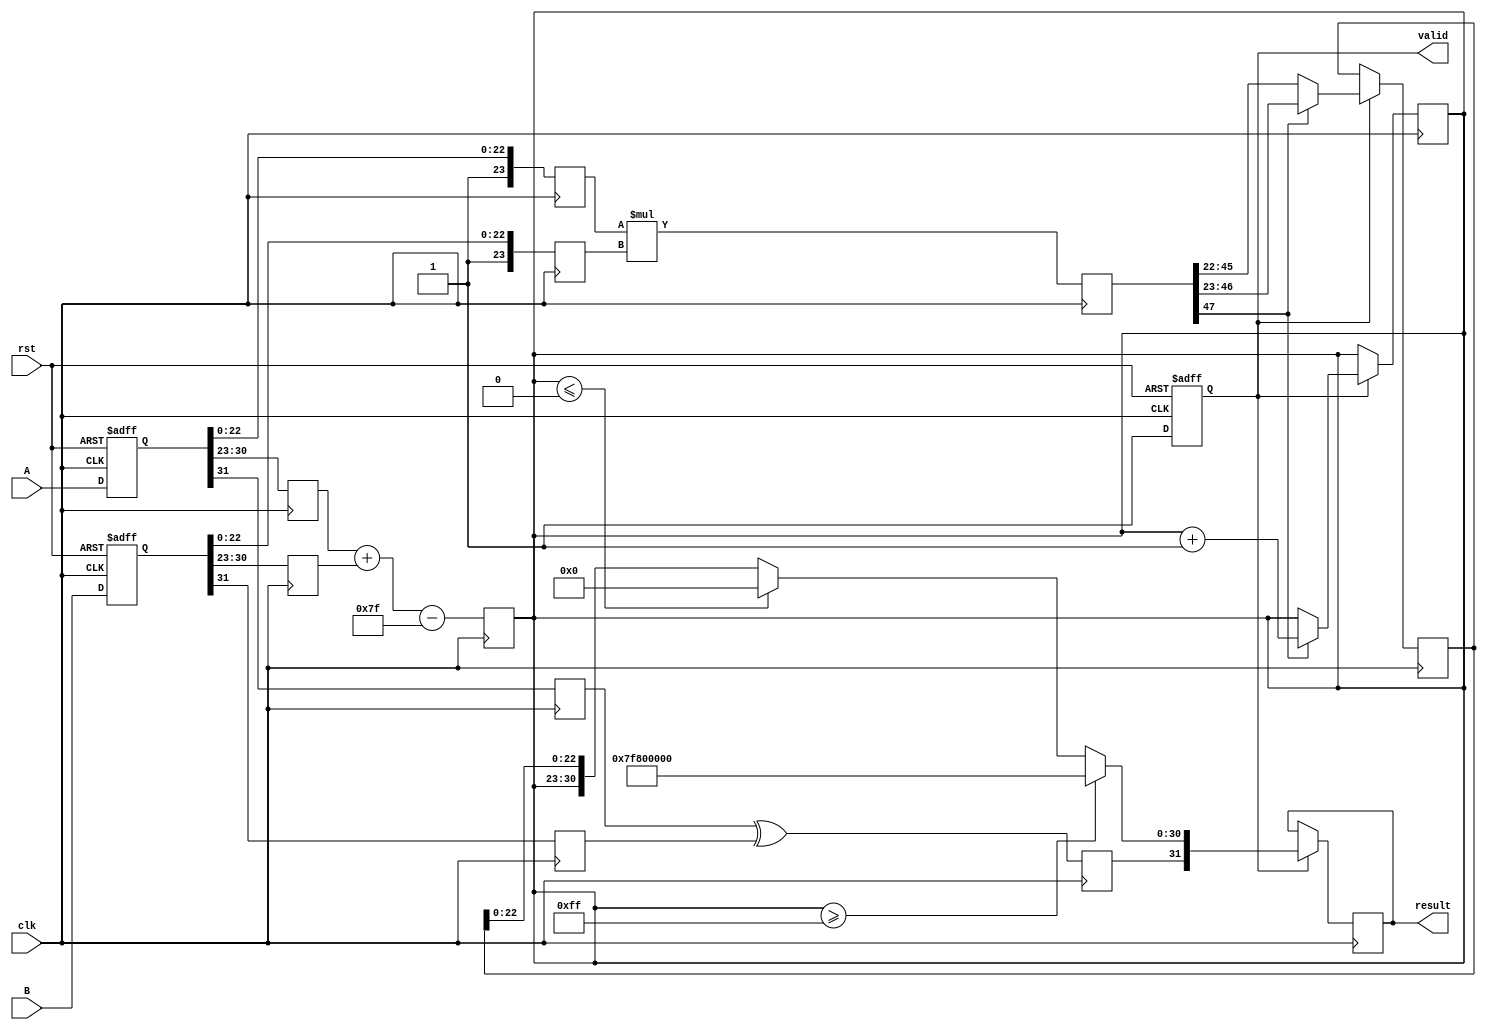
module fp_multiplier (
    input clk,
    input rst,
    input [31:0] A, // Input A
    input [31:0] B, // Input B
    output reg [31:0] result, // Output result
    output reg valid // Output valid signal
);

    // Pipeline registers
    reg [31:0] A_reg, B_reg; // Stage 1: Input Capture
    reg sign_a, sign_b, sign_result; // Stage 2: Sign Calculation
    reg [7:0] exp_a, exp_b, exp_result; // Stage 3: Exponent Calculation
    reg [23:0] mant_a, mant_b, mant_result; // Stage 4: Mantissa Calculation
    reg [47:0] mant_product; // Intermediate product of mantissas

    // Constants
    localparam BIAS = 8'd127;
    localparam EXP_MAX = 8'd255; // Max exponent for overflow
    localparam EXP_MIN = 8'd0;   // Min exponent for underflow

    // Stage 1: Input Capture
    always @(posedge clk or posedge rst) begin
        if (rst) begin
            A_reg <= 32'b0;
            B_reg <= 32'b0;
            valid <= 1'b0;
        end else begin
            A_reg <= A;
            B_reg <= B;
            valid <= 1'b1;
        end
    end

    // Stage 2: Sign Calculation
    always @(posedge clk) begin
        sign_a <= A_reg[31];
        sign_b <= B_reg[31];
        sign_result <= sign_a ^ sign_b; // XOR for sign of the product
    end

    // Stage 3: Exponent Calculation
    always @(posedge clk) begin
        exp_a <= A_reg[30:23];
        exp_b <= B_reg[30:23];
        exp_result <= exp_a + exp_b - BIAS; // Add exponents and subtract bias
    end

    // Stage 4: Mantissa Calculation
    always @(posedge clk) begin
        mant_a <= {1'b1, A_reg[22:0]}; // Normalize mantissa A
        mant_b <= {1'b1, B_reg[22:0]}; // Normalize mantissa B
        mant_product <= mant_a * mant_b; // Multiply mantissas
    end

    // Stage 5: Result Construction
    always @(posedge clk) begin
        if (valid) begin
            // Handle normalization of mantissa product
            if (mant_product[47]) begin
                mant_result <= mant_product[46:23]; // Shift right if overflow
                exp_result <= exp_result + 1; // Increment exponent
            end else begin
                mant_result <= mant_product[45:22]; // Normal case
            end

            // Check for overflow and underflow
            if (exp_result >= EXP_MAX) begin
                result <= {sign_result, 8'b11111111, 23'b0}; // Infinity
            end else if (exp_result <= EXP_MIN) begin
                result <= {sign_result, 8'b0, 23'b0}; // Zero
            end else begin
                result <= {sign_result, exp_result[7:0], mant_result[22:0]}; // Normal result
            end
        end
    end

endmodule